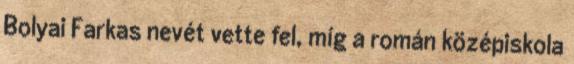
Bolyai Farkas nevét vette fel, míg a román középiskola